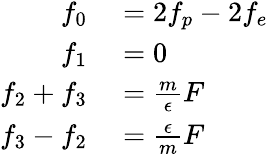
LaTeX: \begin{array}{rl}{f_{0}}&{{}=2f_{p}-2f_{e}}\\ {f_{1}}&{{}=0}\\ {f_{2}+f_{3}}&{{}=\frac{m}{\epsilon}F}\\ {f_{3}-f_{2}}&{{}=\frac{\epsilon}{m}F}\end{array}